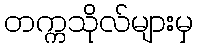
တက္ကသိုလ်များမှ